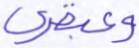
وعبقري